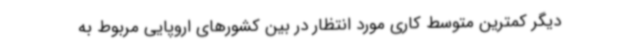
دیگر کمترین متوسط کاری مورد انتظار در بین کشورهای اروپایی مربوط به